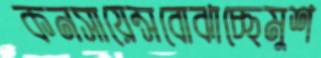
কনসায়েন্সবোঝাচ্ছেমুশ